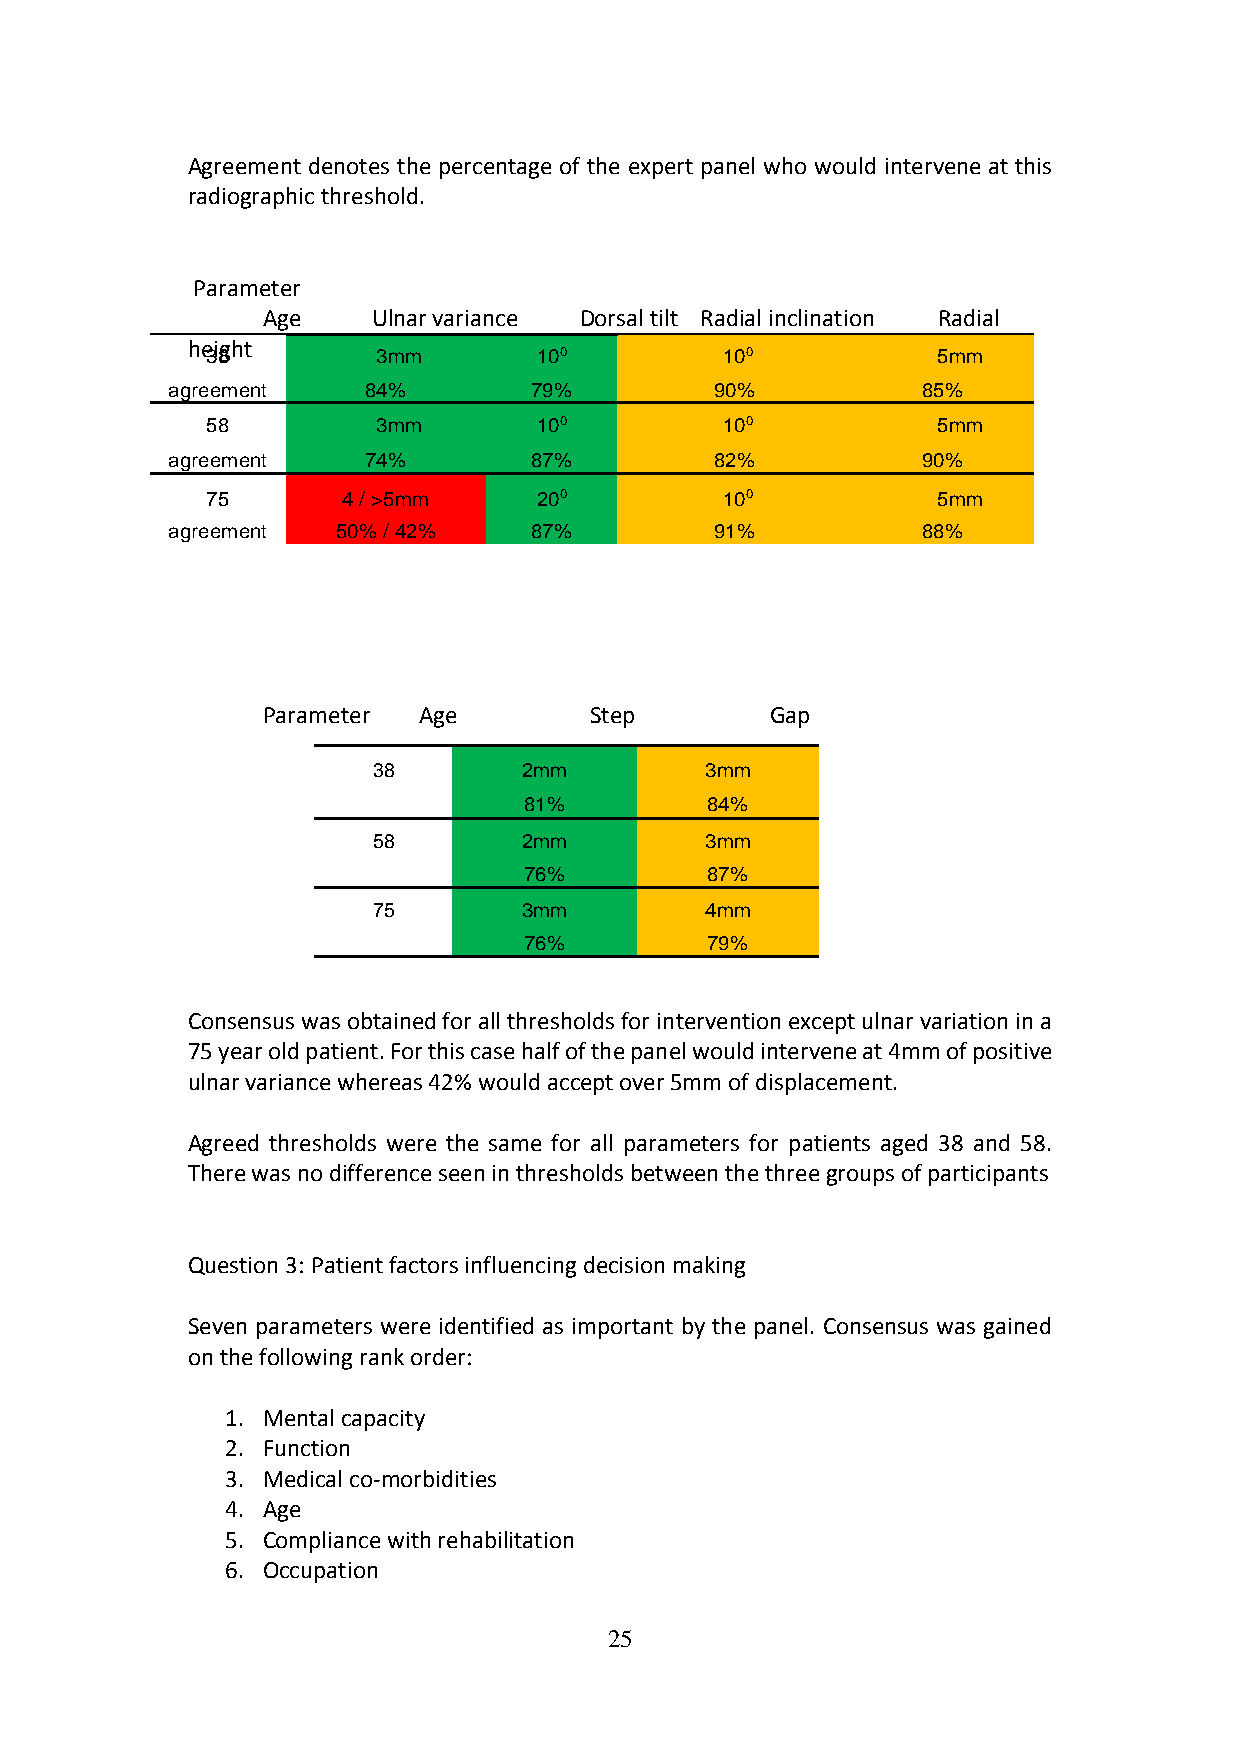
Agreement denotes the percentage of the expert panel who would intervene at this
 radiographic threshold.
 Parameter
 Age     Ulnar variance Dorsal tilt Radial inclination Radial
 height
 38         3mm        100         100           5mm
 agreement    84%        79%         90%           85%
 58         3mm        100         100           5mm
 agreement    74%        87%         82%           90%
 75       4 / >5mm     200         100           5mm
 ag reement 50% / 42%    87%         91%           88%
 Parameter  Age        Step        Gap
 38        2mm         3mm
 81%         84%
 58        2mm         3mm
 76%         87%
 75        3mm         4mm
 76%         79%
 Consensus was obtained for all thresholds for intervention except ulnar variation in a
 75 year old patient. For this case half of the panel would intervene at 4mm of positive
 ulnar variance whereas 42% would accept over 5mm of displacement.
 Agreed thresholds were the same for all parameters for patients aged 38 and 58.
 There was no difference seen in thresholds between the three groups of participants
 Question 3: Patient factors influencing decision making
 Seven parameters were identified as important by the panel. Consensus was gained
 on the following rank order:
 1. Mental capacity
 2. Function
 3. Medical co-morbidities
 4. Age
 5. Compliance with rehabilitation
 6. Occupation
 25